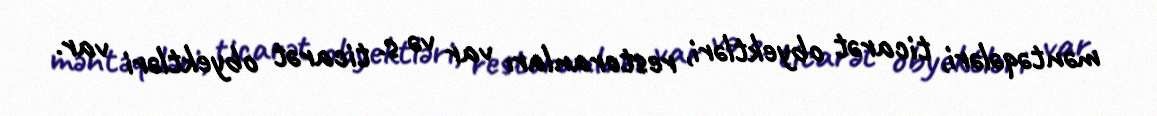
məntəqələri, ticarət obyektləri, restoranları var və s. ticarət obyektləri var.